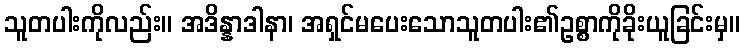
သူတပါးကိုလည်း။ အဒိန္နာဒါနာ၊ အရှင်မပေးသောသူတပါး၏ဥစ္စာကိုခိုးယူခြင်းမှ။